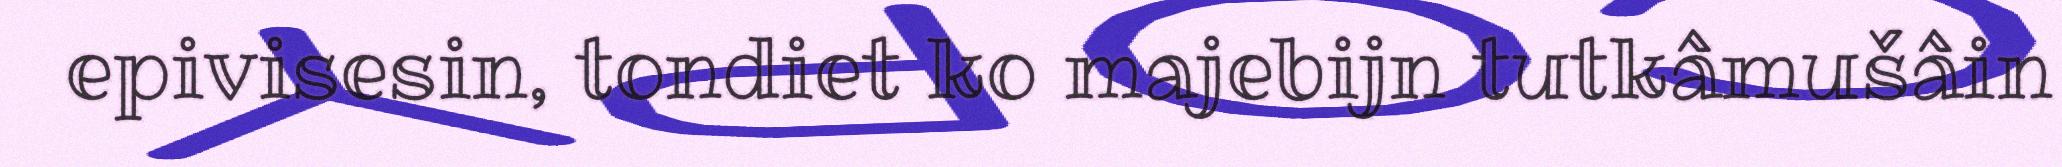
epivisesin, tondiet ko majebijn tutkâmušâin